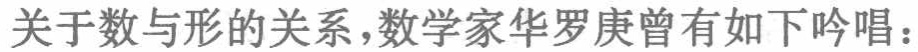
关于数与形的关系，数学家华罗庚曾有如下吟唱：